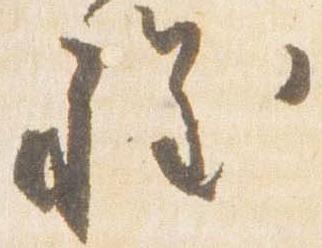
程